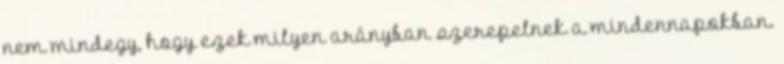
nem mindegy, hogy ezek milyen arányban szerepelnek a mindennapokban.